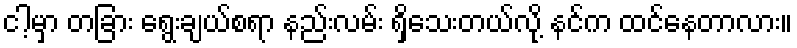
ငါ့မှာ တခြား ရွေးချယ်စရာ နည်းလမ်း ရှိသေးတယ်လို့ နင်က ထင်နေတာလား။